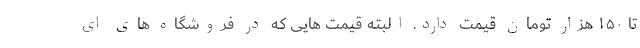
تا ۱۵۰ هزار تومان قیمت دارد. البته قیمت هایی که در فروشگاه های ای